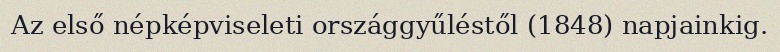
Az első népképviseleti országgyűléstől (1848) napjainkig.